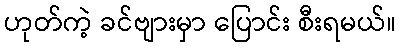
ဟုတ်ကဲ့ ခင်ဗျားမှာ ပြောင်း စီးရမယ်။